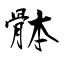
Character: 骵